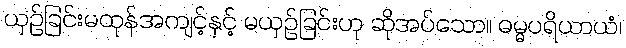
ယှဉ်ခြင်းမထုန်အကျင့်နှင့် မယှဉ်ခြင်းဟု ဆိုအပ်သော။ ဓမ္မပရိယာယံ၊